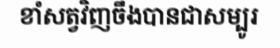
ខាំសត្វវិញចឹងបានជាសម្បូរ